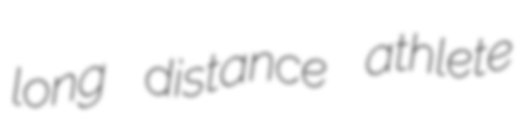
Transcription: long distance athlete